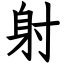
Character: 射